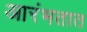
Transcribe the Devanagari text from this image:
आरंभतात